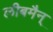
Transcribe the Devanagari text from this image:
लीबमैन्